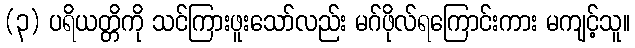
(၃) ပရိယတ္တိကို သင်ကြားဖူးသော်လည်း မဂ်ဖိုလ်ရကြောင်းကား မကျင့်သူ။